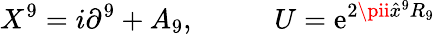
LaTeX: X^{9}=i\partial^{9}+A_{9},\; \; \; \; \; \; \; \; \; \; U=\mathrm{e}^{2\pii\hat{{x}}^{9}R_{9}}